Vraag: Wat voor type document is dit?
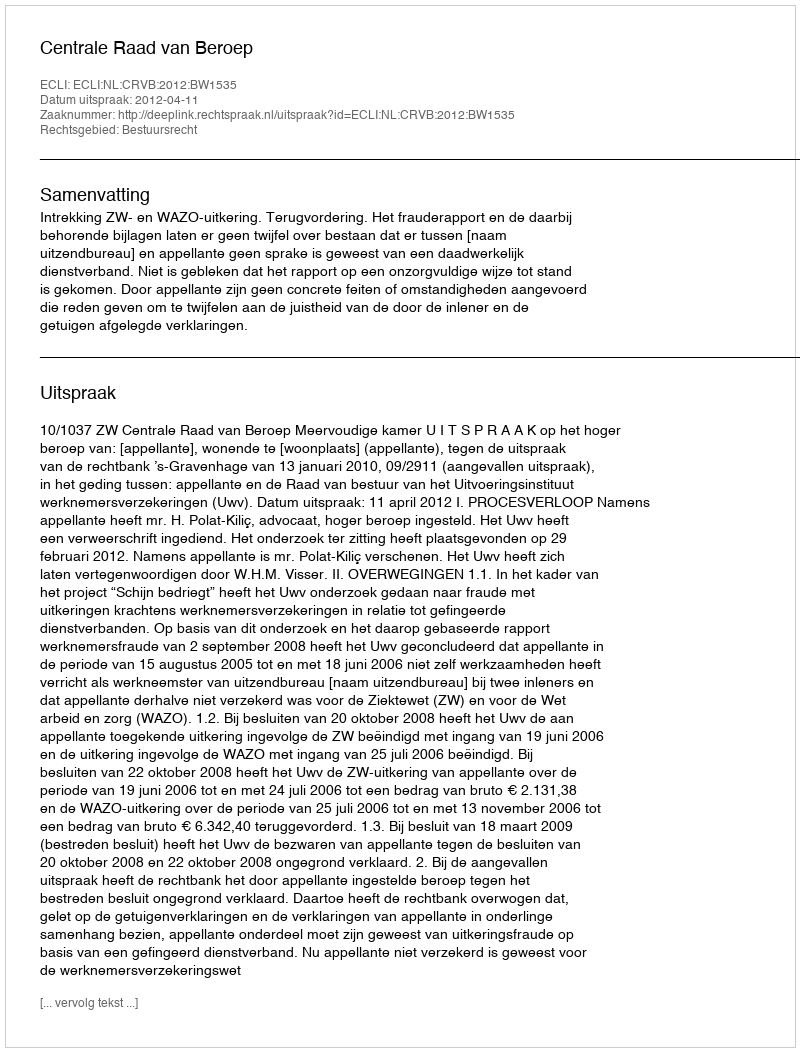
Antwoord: Uitspraak